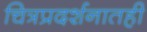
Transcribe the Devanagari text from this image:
चित्रप्रदर्शनातही